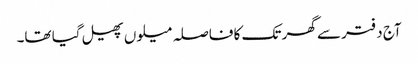
آج دفتر سے گھر تک کا فاصلہ میلوں پھیل گیا تھا۔